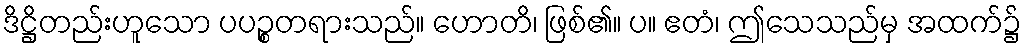
ဒိဋ္ဌိတည်းဟူသော ပပဉ္စတရားသည်။ ဟောတိ၊ ဖြစ်၏။ ပ။ ဧတံ၊ ဤသေသည်မှ အထက်၌